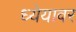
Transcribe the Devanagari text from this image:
ध्येयावर